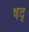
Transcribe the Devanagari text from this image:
षद्